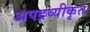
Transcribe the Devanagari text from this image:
अपद्रव्यीकृत